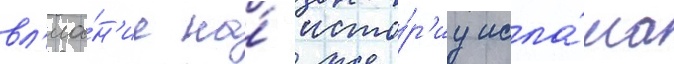
вл'иа́н'ие на́ исто́р'иу исла́ма